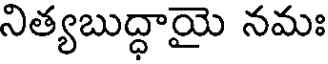
నిత్యబుద్ధాయై నమః